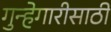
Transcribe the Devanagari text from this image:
गुन्हेगारीसाठी